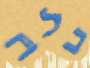
בלב